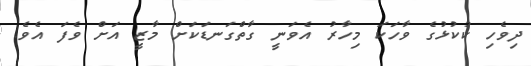
ދިވެހި ކުކުޅުގެ ވާހަކަ މިހާރު އެވަނީ ގާތްގަނޑަކަށް މާޒީ އަށް ވެފަ އެވެ.